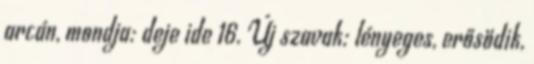
arcán, mondja: deje ide 16. Új szavak: lényeges, erősödik,